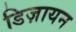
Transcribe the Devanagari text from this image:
डिज़ायन